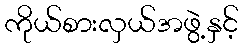
ကိုယ်စားလှယ်အဖွဲ့နှင့်